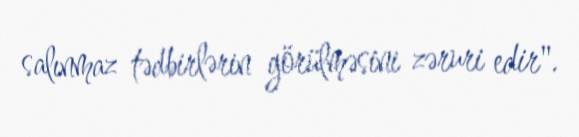
salınmaz tədbirlərin görülməsini zəruri edir".